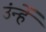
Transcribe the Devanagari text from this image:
उंन्हें